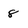
Character: 8